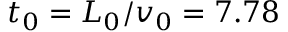
t _ { 0 } = L _ { 0 } / v _ { 0 } = 7 . 7 8